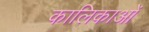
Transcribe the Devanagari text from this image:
कालिकाओं